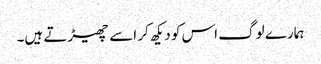
ہمارے لوگ اس کو دیکھ کر اسے چھیڑتے ہیں۔